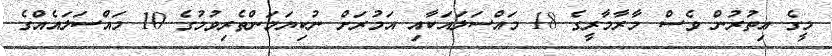
މީގެ އިތުރުން ވެސް މާރާމާރީގެ 18 މައްސަލައަކާއި އަމުރަށް ނުކިޔަމަންތެރިވުމުގެ 10 މައްސަލައެއްގެ